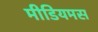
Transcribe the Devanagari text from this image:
मीडियमस